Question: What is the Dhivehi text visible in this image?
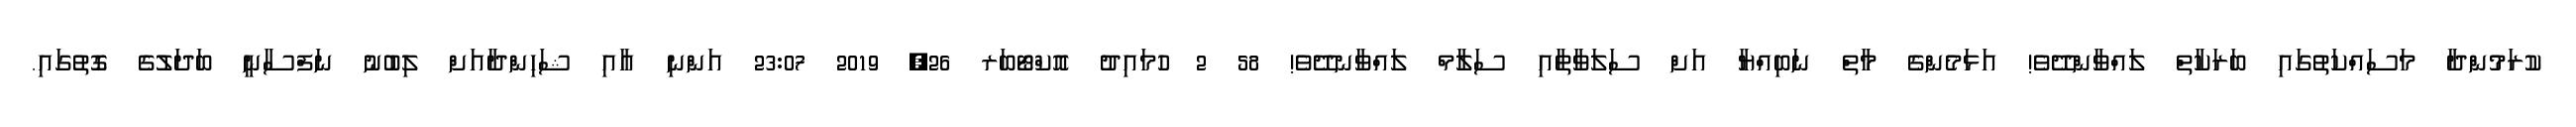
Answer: ކުރަމުންދާ މަސައްކަތުގައި ބަރަކާތް ލައްވާންދޭވެ! އަޅަމެންގެ މާތް ނަބިއްޔާ އަށް ސަލަވާތާއި ސަލާމް ލައްވާނދޭވެ! 58 2 ހުމައިދު އޮކްޓޯބަރ 26, 2019 23:07 އަންނި އާއި ޝަހިންދާއަށް ލިބުނު ނަފްސާނީ ބަދަލުގެ ގޮތުގައި.